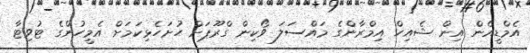
އެމްޑީއެން އިން ޝެއިހް އިމްރާންގެ މައްސަލަ ވޯކިން ގްރޫޕަށް ހުށަހެޅިކަމަށް އެމީހުންގެ ޓުވިޓާ